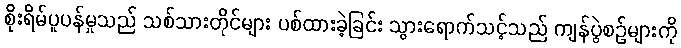
စိုးရိမ်ပူပန်မှုသည် သစ်သားတိုင်များ ပစ်ထားခဲ့ခြင်း သွားရောက်သင့်သည် ကျန်ပွဲစဉ်များကို